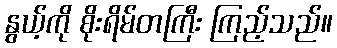
နွယ့်ကို စိုးရိမ်တကြီး ကြည့်သည်။